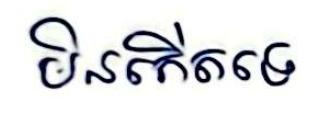
មិនកើតទេ